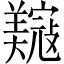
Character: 𫅟